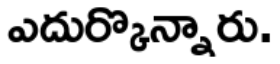
ఎదుర్కొన్నారు.